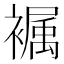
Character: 𧜭